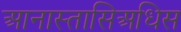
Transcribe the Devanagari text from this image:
आनास्तासिअधिस